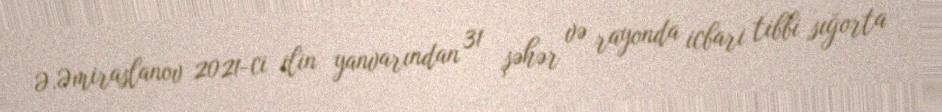
Ə.Əmiraslanov 2021-ci ilin yanvarından 31 şəhər və rayonda icbari tibbi sığorta